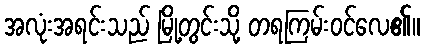
အလုံးအရင်းသည် မြို့တွင်းသို့ တရကြမ်းဝင်လေ၏။